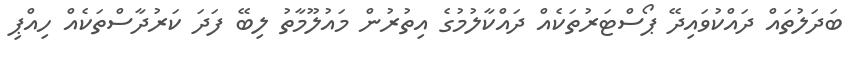
ބަދަލުތައް ދައްކުވައިދޭ ޕޯސްޓަރުތަކެއް ދައްކާލުމުގެ އިތުރުން މައުލޫމާތު ލިބޭ ފަދަ ކަރުދާސްތަކެއް ހިއްޕި